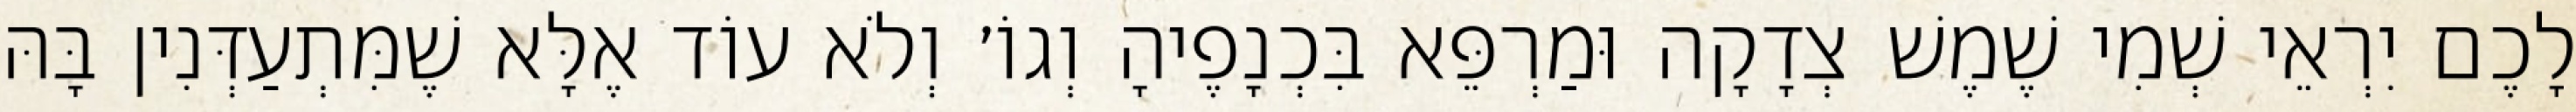
לָכֶם יִרְאֵי שְׁמִי שֶׁמֶשׁ צְדָקָה וּמַרְפֵּא בִּכְנָפֶיהָ וְגוֹ׳ וְלֹא עוֹד אֶלָּא שֶׁמִּתְעַדְּנִין בָּהּ